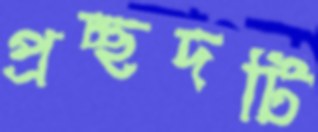
প্রচ্ছদটি